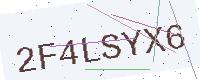
Text: 2F4LSYX6